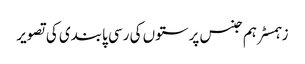
زہمسٹر ہم جنس پرستوں کی رسی پابندی کی تصویر